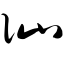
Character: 讪